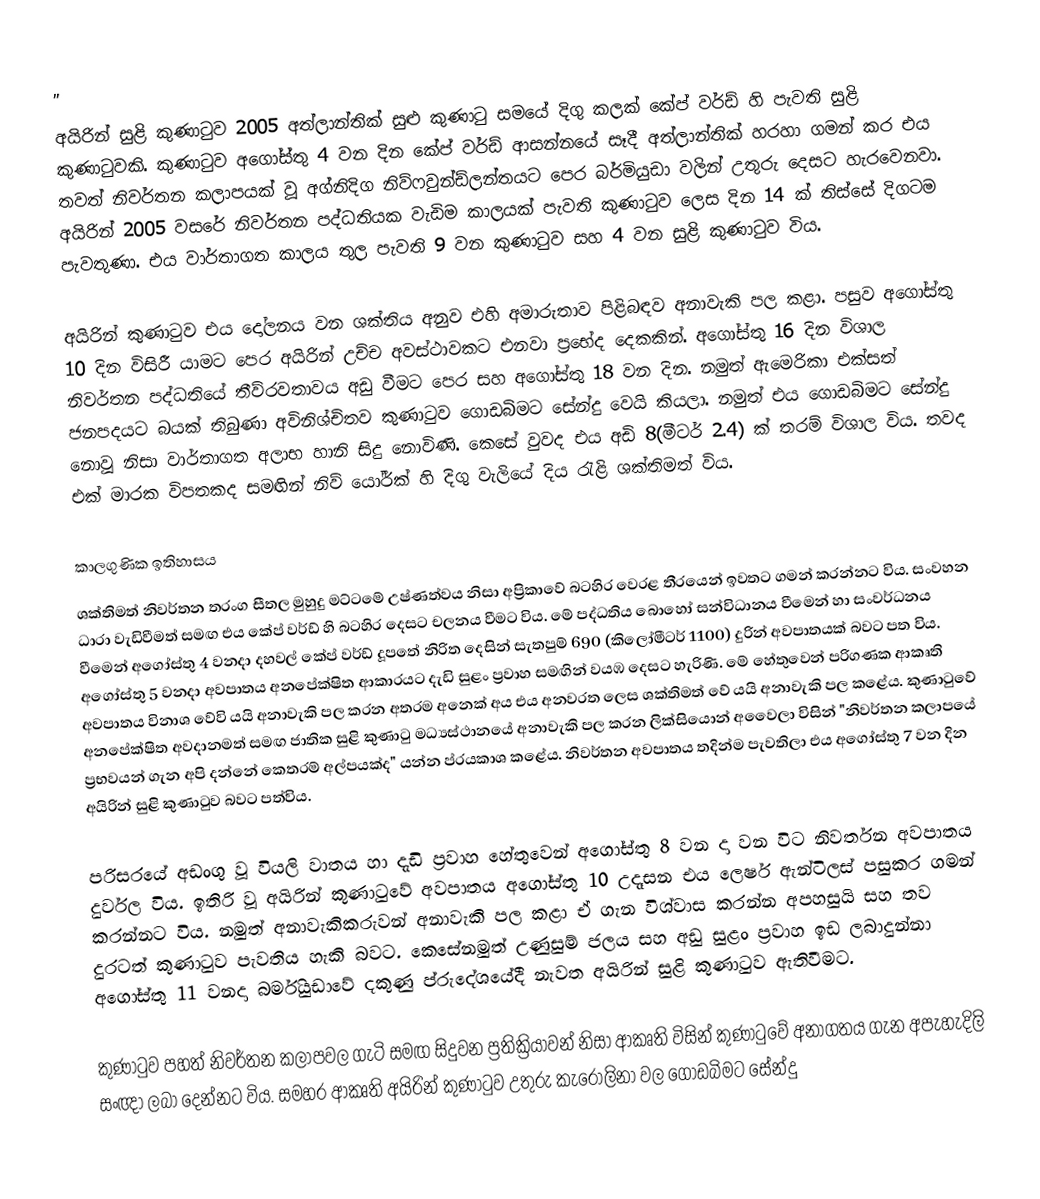
''
අයිරින් සුළි කුණාටුව 2005 අත්ලාන්තික් සුළු කුණාටු සමයේ දිගු කලක් කේප් වර්ඩ් හි පැවති සුළි කුණාටුවකි. කුණාටුව අගෝස්තු 4 වන දින කේප් වර්ඩ් ආසන්නයේ සෑදී අත්ලාන්තික් හරහා ගමන් කර එය තවත් නිවර්තන කලාපයක් වූ අග්නිදිග නිව්ෆවුන්ඩ්ලන්තයට පෙර බර්මියුඩා වලින් උතුරු දෙසට හැරවෙනවා. අයිරින් 2005 වසරේ නිවර්තන පද්ධතියක වැඩිම කාලයක් පැවති කුණාටුව ලෙස දින 14 ක් තිස්සේ දිගටම පැවතුණා. එය වාර්තාගත කාලය තුල පැවති 9 වන කුණාටුව සහ 4 වන සුළි කුණාටුව විය.

අයිරින් කුණාටුව එය දෝලනය වන ශක්තිය අනුව එහි අමාරුතාව පිළිබඳව අනාවැකි පල කළා. පසුව අගෝස්තු 10 දින විසිරී යාමට පෙර අයිරින් උච්ච අවස්ථාවකට එනවා ප්‍රභේද දෙකකින්. අගෝස්තු 16 දින විශාල නිවර්තන පද්ධතියේ තීව්රවතාවය අඩු වීමට පෙර සහ අගෝස්තු 18 වන දින. නමුත් ඇමෙරිකා එක්සත් ජනපදයට බයක් තිබුණා අවිනිශ්චිතව කුණාටුව ගොඩබිමට සේන්දු වෙයි කියලා. නමුත් එය ගොඩබිමට සේන්දු නොවූ නිසා වාර්තාගත අලාභ හානි සිදු නොවිණි. කෙසේ වුවද එය අඩි 8(මීටර් 2.4) ක් තරම් විශාල විය. තවද එක් මාරක විපතකද සමඟින් නිව් යෝර්ක් හි දිගු වැලියේ දිය රැළි ශක්තිමත් විය.

කාලගුණික ඉතිහාසය
ශක්තිමත් නිවර්තන තරංග සීතල මුහුදු මට්ටමේ උෂ්ණත්වය නිසා අප්‍රිකාවේ බටහිර වෙරළ තීරයෙන් ඉවතට ගමන් කරන්නට විය. සංවහන ධාරා වැඩිවීමත් සමඟ එය කේප් වර්ඩ් හි බටහිර දෙසට චලනය වීමට විය. මේ පද්ධතිය බොහෝ සන්විධානය වීමෙන් හා සංවර්ධනය වීමෙන් අගෝස්තු 4 වනදා දහවල් කේප් වර්ඩ් දූපතේ නිරිත දෙසින් සැතපුම් 690 (කිලෝමීටර් 1100) දුරින් අවපාතයක් බවට පත විය. අගෝස්තු 5 වනදා අවපාතය අනපේක්ෂිත ආකාරයට දැඩි සුළං ප්‍රවාහ සමඟින් වයඹ දෙසට හැරිණි. මේ හේතුවෙන් පරිගණක ආකෘති අවපාතය විනාශ වේවි යයි අනාවැකි පල කරන අතරම අනෙක් අය එය අනවරත ලෙස ශක්තිමත් වේ යයි අනාවැකි පල කළේය. කුණාටුවේ අනපේක්ෂිත අවදානමත් සමඟ ජාතික සුළි කුණාටු මධ්‍යස්ථානයේ අනාවැකි පල කරන ලික්සියොන් අවෛලා විසින් "නිවර්තන කලාපයේ ප්‍රභවයන් ගැන අපි දන්නේ කෙතරම් අල්පයක්ද" යන්න ප්රයකාශ කළේය. නිවර්තන අවපාතය තදින්ම පැවතිලා එය අගෝස්තු 7 වන දින අයිරින් සුළි කුණාටුව බවට පත්විය.

පරිසරයේ අඩංගු වූ වියලි වාතය හා දැඩි ප්‍රවාහ හේතුවෙන් අගෝස්තු 8 වන දා වන විට නිවර්තන අවපාතය දුර්වල විය. ඉතිරි වූ අයිරින් කුණාටුවේ අවපාතය අගෝස්තු 10 උදෑසන එය ලෙෂර් ඇන්ටිලස් පසුකර ගමන් කරන්නට විය. නමුත් අනාවැකිකරුවන් අනාවැකි පල කළා ඒ ගැන විශ්වාස කරන්න අපහසුයි සහ තව දුරටත් කුණාටුව පැවතිය හැකි බවට. කෙසේනමුත් උණුසුම් ජලය සහ අඩු සුළං ප්‍රවාහ ඉඩ ලබාදුන්නා අගෝස්තු 11 වනදා බර්මියුඩාවේ දකුණු ප්රුදේශයේදී නැවත අයිරින් සුළි කුණාටුව ඇතිවීමට.

කුණාටුව පහත් නිවර්තන කලාපවල ගැටි සමඟ සිදුවන ප්‍රතික්‍රියාවන් නිසා ආකෘති විසින් කුණාටුවේ අනාගතය ගැන අපැහැදිලි සංඥා ලබා දෙන්නට විය. සමහර ආකෘති අයිරින් කුණාටුව උතුරු කැරොලිනා වල ගොඩබිමට සේන්දු